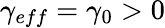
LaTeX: \gamma_{eff}=\gamma_{0}>0